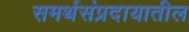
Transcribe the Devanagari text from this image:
समर्थसंप्रदायातील